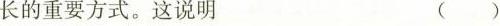
长的重要方式。这说明 ()